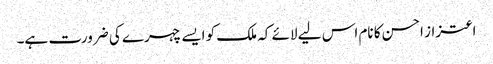
اعتزاز احسن کا نام اس لیے لائے کہ ملک کو ایسے چہرے کی ضرورت ہے۔